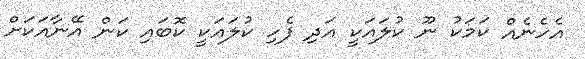
އެހެނެއް ކަމަކު ނޫ ކުލައަކީ އަދި ފެހި ކުލައަކީ ކޮބައި ކަން އޭނާއަކަށް